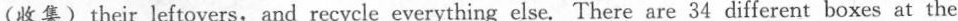
(收集)their leftovers, and recycle everything else. There are 34 different boxes at the